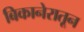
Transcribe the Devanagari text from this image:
बिकानेरातून